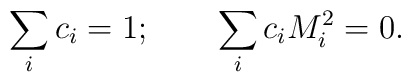
\sum\limits_i c_i = 1;\qquad \sum\limits_i c_i M_i^2 = 0.